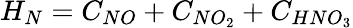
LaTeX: H_{N}=C_{NO}+C_{NO_{2}}+C_{HNO_{3}}